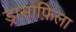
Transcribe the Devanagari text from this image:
ड्रासाफ़िला